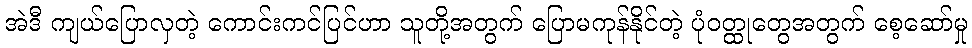
အဲဒီ ကျယ်ပြောလှတဲ့ ကောင်းကင်ပြင်ဟာ သူတို့အတွက် ပြောမကုန်နိုင်တဲ့ ပုံဝတ္ထုတွေအတွက် စေ့ဆော်မှု